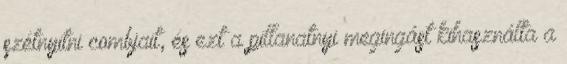
szétnyitni combjait, és ezt a pillanatnyi megingást kihasználta a